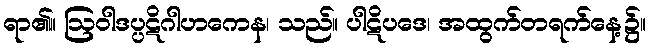
ရာ၏။ ဩဝါဒပ္ပဋိဂါဟကေန၊ သည်။ ပါဋိပဒေ၊ အထွက်တရက်နေ့၌။